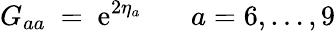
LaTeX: G_{aa}\ =\ \mathrm{e}^{2\eta_{a}}\ \ \ \ \ \mathrm{~}\ a=6,\ldots,9